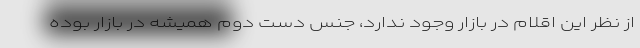
از نظر این اقلام در بازار وجود ندارد، جنس دست دوم همیشه در بازار بوده